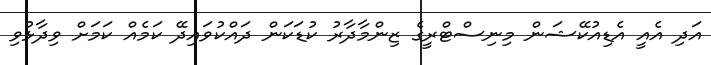
އަދި އެއީ އެޑިއުކޭޝަން މިނިސްޓްރީގެ ޒިންމާދާރު ކުޑަކަން ދައްކުވައިދޭ ކަމެއް ކަމަށް ވިދާޅުވި